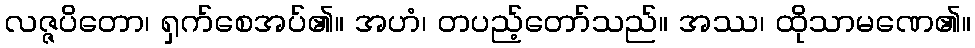
လဇ္ဇပိတော၊ ရှက်စေအပ်၏။ အဟံ၊ တပည့်တော်သည်။ အဿ၊ ထိုသာမဏေ၏။